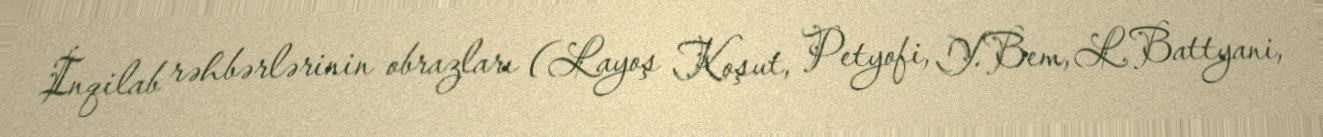
İnqilab rəhbərlərinin obrazları (Layoş Koşut, Petyofi, Y.Bem, L.Battyani,